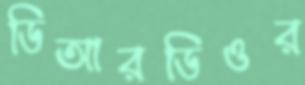
ডিআরডিওর